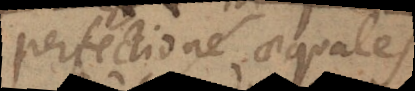
perfectiones quae